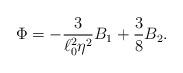
LaTeX: \begin{align*}\Phi = - {3\over \ell_0^2\eta^2}B_1 + {3\over 8}B_2. \end{align*}